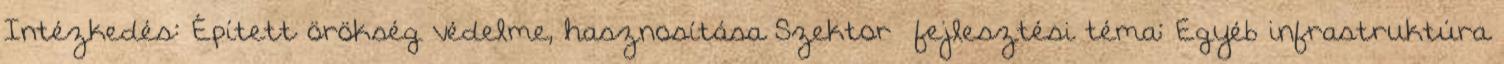
Intézkedés: Épített örökség védelme, hasznosítása Szektor fejlesztési téma: Egyéb infrastruktúra